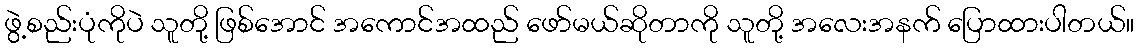
ဖွဲ့စည်းပုံကိုပဲ သူတို့ ဖြစ်အောင် အကောင်အထည် ဖော်မယ်ဆိုတာကို သူတို့ အလေးအနက် ပြောထားပါတယ်။